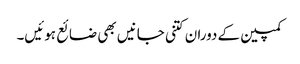
کمپین کے دوران کتنی جانیں بھی ضائع ہوئیں۔